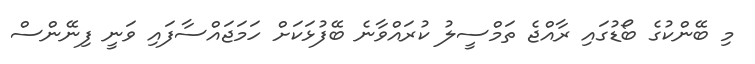
މި ބޭންކުގެ ބޯޑުގައި ރާއްޖެ ތަމްސީލު ކުރައްވާނެ ބޭފުޅަކަށް ހަމަޖައްސާފައި ވަނީ ފިނޭންސް